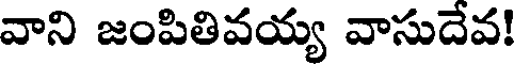
వాని జంపితివయ్య వాసుదేవ!